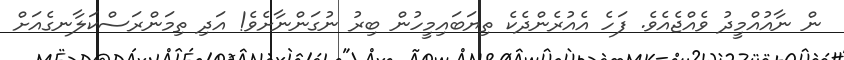
ން ނާއުއްމީދު ވެއްޖެއެވެ. ފަހެ އެއުރެންދެކެ ތިޔަބައިމީހުން ބިރު ނުގަންނާށެވެ! އަދި ތިމަންރަސްކަލާނގެއަށް